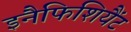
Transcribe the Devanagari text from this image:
इनैफिशियैंट